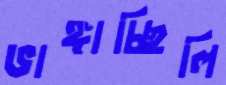
ভাঙ্গাচ্ছিলি